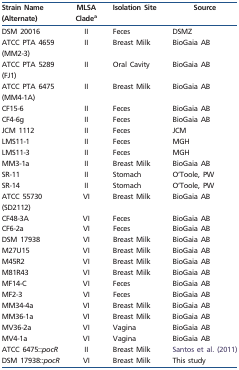
<table><thead><tr><td><b>Strain Name (Alternate)</b></td><td><b>MLSA Clade<sup>a</sup></b></td><td><b>Isolation Site</b></td><td><b>Source</b></td></tr></thead><tbody><tr><td>DSM 20016</td><td>II</td><td>Feces</td><td>DSMZ</td></tr><tr><td>ATCC PTA 4659 (MM2-3)</td><td>II</td><td>Breast Milk</td><td>BioGaia AB</td></tr><tr><td>ATCC PTA 5289 (FJ1)</td><td>II</td><td>Oral Cavity</td><td>BioGaia AB</td></tr><tr><td>ATCC PTA 6475 (MM4-1A)</td><td>II</td><td>Breast Milk</td><td>BioGaia AB</td></tr><tr><td>CF15-6</td><td>II</td><td>Feces</td><td>BioGaia AB</td></tr><tr><td>CF4-6g</td><td>II</td><td>Feces</td><td>BioGaia AB</td></tr><tr><td>JCM 1112</td><td>II</td><td>Feces</td><td>JCM</td></tr><tr><td>LMS11-1</td><td>II</td><td>Feces</td><td>MGH</td></tr><tr><td>LMS11-3</td><td>II</td><td>Feces</td><td>MGH</td></tr><tr><td>MM3-1a</td><td>II</td><td>Breast Milk</td><td>BioGaia AB</td></tr><tr><td>SR-11</td><td>II</td><td>Stomach</td><td>O’Toole, PW</td></tr><tr><td>SR-14</td><td>II</td><td>Stomach</td><td>O’Toole, PW</td></tr><tr><td>ATCC 55730 (SD2112)</td><td>VI</td><td>Breast Milk</td><td>BioGaia AB</td></tr><tr><td>CF48-3A</td><td>VI</td><td>Feces</td><td>BioGaia AB</td></tr><tr><td>CF6-2a</td><td>VI</td><td>Feces</td><td>BioGaia AB</td></tr><tr><td>DSM 17938</td><td>VI</td><td>Breast Milk</td><td>BioGaia AB</td></tr><tr><td>M27U15</td><td>VI</td><td>Breast Milk</td><td>BioGaia AB</td></tr><tr><td>M45R2</td><td>VI</td><td>Breast Milk</td><td>BioGaia AB</td></tr><tr><td>M81R43</td><td>VI</td><td>Breast Milk</td><td>BioGaia AB</td></tr><tr><td>MF14-C</td><td>VI</td><td>Feces</td><td>BioGaia AB</td></tr><tr><td>MF2-3</td><td>VI</td><td>Feces</td><td>BioGaia AB</td></tr><tr><td>MM34-4a</td><td>VI</td><td>Breast Milk</td><td>BioGaia AB</td></tr><tr><td>MM36-1a</td><td>VI</td><td>Breast Milk</td><td>BioGaia AB</td></tr><tr><td>MV36-2a</td><td>VI</td><td>Vagina</td><td>BioGaia AB</td></tr><tr><td>MV4-1a</td><td>VI</td><td>Vagina</td><td>BioGaia AB</td></tr><tr><td>ATCC 6475::<i>pocR</i></td><td>II</td><td>Breast Milk</td><td>Santos et al. (2011)</td></tr><tr><td>DSM 17938::<i>pocR</i></td><td>VI</td><td>Breast Milk</td><td>This study</td></tr></tbody></table>